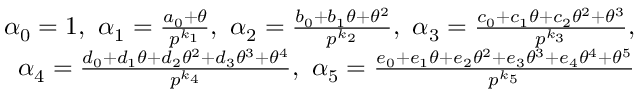
\begin{array} { r } { \alpha _ { 0 } = 1 , ~ \alpha _ { 1 } = \frac { a _ { 0 } + \theta } { p ^ { k _ { 1 } } } , ~ \alpha _ { 2 } = \frac { b _ { 0 } + b _ { 1 } \theta + \theta ^ { 2 } } { p ^ { k _ { 2 } } } , ~ \alpha _ { 3 } = \frac { c _ { 0 } + c _ { 1 } \theta + c _ { 2 } \theta ^ { 2 } + \theta ^ { 3 } } { p ^ { k _ { 3 } } } , } \\ { \alpha _ { 4 } = \frac { d _ { 0 } + d _ { 1 } \theta + d _ { 2 } \theta ^ { 2 } + d _ { 3 } \theta ^ { 3 } + \theta ^ { 4 } } { p ^ { k _ { 4 } } } , ~ \alpha _ { 5 } = \frac { e _ { 0 } + e _ { 1 } \theta + e _ { 2 } \theta ^ { 2 } + e _ { 3 } \theta ^ { 3 } + e _ { 4 } \theta ^ { 4 } + \theta ^ { 5 } } { p ^ { k _ { 5 } } } } \end{array}